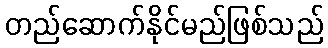
တည်ဆောက်နိုင်မည်ဖြစ်သည်